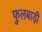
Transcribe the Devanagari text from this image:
फुलबाड़ी